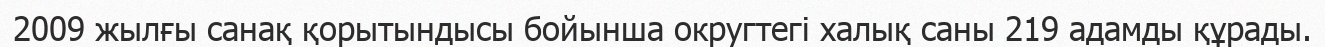
2009 жылғы санақ қорытындысы бойынша округтегі халық саны 219 адамды құрады.